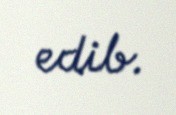
edib.